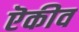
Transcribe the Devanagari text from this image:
ऎकीव